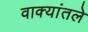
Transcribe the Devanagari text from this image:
वाक्यांतले